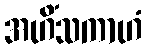
အဟိံသကာဟံ